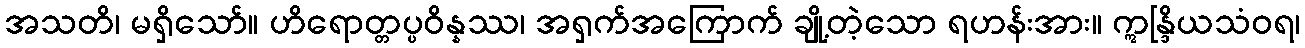
အသတိ၊ မရှိသော်။ ဟိရောတ္တပ္ပဝိန္နဿ၊ အရှက်အကြောက် ချို့တဲ့သော ရဟန်းအား။ ဣန္ဒြိယသံဝရ၊